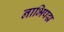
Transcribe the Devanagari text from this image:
नाभिपद्म